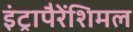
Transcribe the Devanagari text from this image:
इंट्रापैरेंशिमल